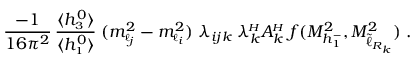
\frac { - 1 } { 1 6 \pi ^ { 2 } } \, \frac { \langle h _ { \scriptscriptstyle 3 } ^ { 0 } \rangle } { \langle h _ { \scriptscriptstyle 1 } ^ { 0 } \rangle } \; ( m _ { \scriptscriptstyle \ell _ { j } } ^ { 2 } - m _ { \scriptscriptstyle \ell _ { i } } ^ { 2 } ) \; \lambda _ { i j k } \; \lambda _ { k } ^ { \! \scriptscriptstyle H } A _ { k } ^ { \! \scriptscriptstyle H } \; f ( M _ { h _ { \scriptscriptstyle 1 } ^ { \mathrm { - } } } ^ { 2 } , M _ { \tilde { \ell } _ { R _ { k } } } ^ { 2 } ) \; .